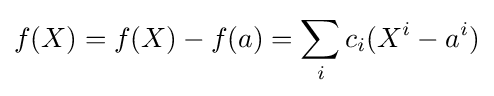
f(X)=f(X)-f(a)=\sum _{i}c_{i}(X^{i}-a^{i})